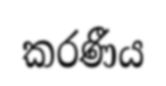
කරණීය